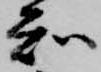
知